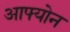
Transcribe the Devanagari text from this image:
आफ्योन